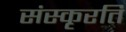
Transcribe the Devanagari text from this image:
संस्कृरति